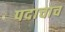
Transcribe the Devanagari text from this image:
पदाचाच